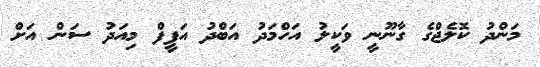
މަންދު ކޮލެޖްގެ ގާނޫނީ ވަކީލު އަހްމަދު އަބްދު އަފީފް މިއަދު ސަން އަށް